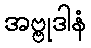
အဗ္ဗုဒါနံ